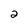
Character: 2